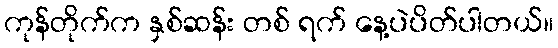
ကုန်တိုက်က နှစ်ဆန်း တစ် ရက် နေ့ပဲပိတ်ပါတယ်။